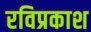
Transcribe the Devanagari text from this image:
रविप्रकाश